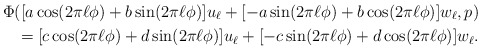
\begin{align*}\Phi([a\cos(2\pi \ell\phi) + b \sin(2\pi \ell \phi)] u_\ell + [-a\sin(2\pi \ell \phi) + b \cos(2\pi \ell \phi)]w_\ell,p) \\= [c\cos(2\pi \ell\phi) + d \sin(2\pi \ell \phi)] u_\ell + [-c\sin(2\pi \ell \phi) + d \cos(2\pi \ell \phi)]w_\ell.\end{align*}